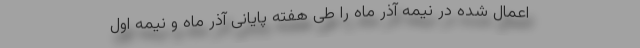
اعمال شده در نیمه‌ آذر ماه را طی هفته‌ پایانی آذر ماه و نیمه‌ اول